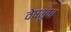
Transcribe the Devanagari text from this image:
वेषभुषा